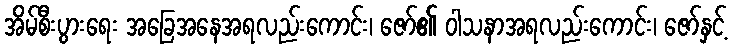
အိမ်စီးပွားရေး အခြေအနေအရလည်းကောင်း၊ ဇော်၏ ဝါသနာအရလည်းကောင်း၊ ဇော်နှင့်